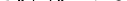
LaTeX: \smash{\upsilon_{k},\gamma_{k}\to 0}